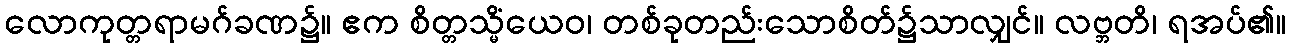
လောကုတ္တရာမဂ်ခဏ၌။ ဧက စိတ္တသ္မိံယေဝ၊ တစ်ခုတည်းသောစိတ်၌သာလျှင်။ လဗ္ဘတိ၊ ရအပ်၏။